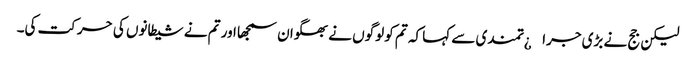
لیکن جج نے بڑی جرا¿تمندی سے کہا کہ تم کو لوگوں نے بھگوان سمجھا اور تم نے شیطانوں کی حرکت کی۔